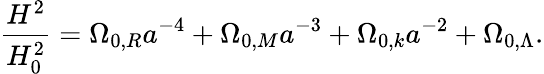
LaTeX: {\frac{H^{2}}{H_{0}^{2}}}=\Omega_{0,R}a^{-4}+\Omega_{0,M}a^{-3}+\Omega_{0,k}a^{-2}+\Omega_{0,\Lambda}.